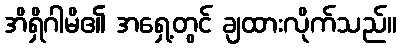
အိရှိဂါမိ၏ အရှေ့တွင် ချထားလိုက်သည်။